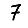
Digit: 7